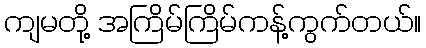
ကျမတို့ အကြိမ်ကြိမ်ကန့်ကွက်တယ်။